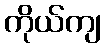
ကိုယ်ကျ